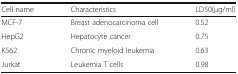
| Cell name | Characteristics | LD50(μg/ml) |
 | --- | --- | --- |
 | MCF-7 | Breast adenocarcinoma cell | 0.52 |
 | HepG2 | Hepatocyte cancer | 0.75 |
 | K562 | Chronic myeloid leukemia | 0.63 |
 | Jurkat | Leukemia T cells | 0.98 |